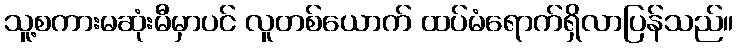
သူ့စကားမဆုံးမီမှာပင် လူတစ်ယောက် ထပ်မံရောက်ရှိလာပြန်သည်။